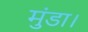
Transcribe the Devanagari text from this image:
मुंडा।